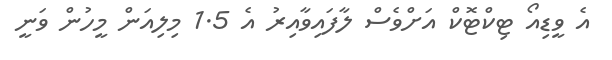
އެ ވީޑިއޯ ޓިކްޓޮކް އަށްވެސް ލާފައިވާއިރު އެ 1.5 މިލިއަން މީހުން ވަނީ